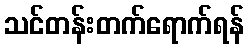
သင်တန်းတက်ရောက်ရန်